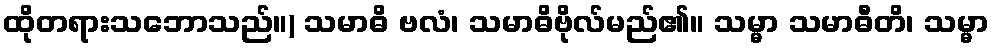
ထိုတရားသဘောသည်။) သမာဓိ ဗလံ၊ သမာဓိဗိုလ်မည်၏။ သမ္မာ သမာဓီတိ၊ သမ္မာ